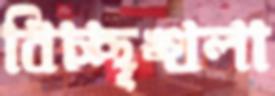
বিচ্ছৃঙ্খলা